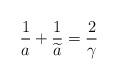
LaTeX: \begin{align*} \frac {1} {a}+ \frac {1} { \widetilde{a} }=\frac {2} {\gamma }\end{align*}